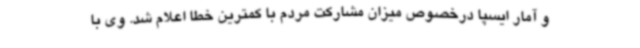
و آمار ایسپا درخصوص میزان مشارکت مردم با کمترین خطا اعلام شد. وی با